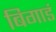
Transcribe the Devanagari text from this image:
बिगाडं